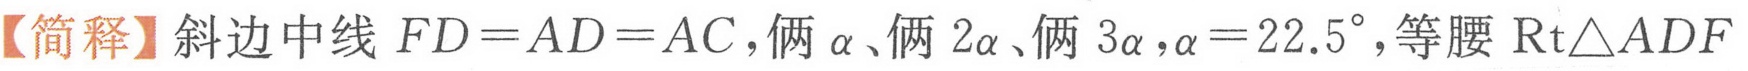
【简释】斜边中线 \(FD = AD = AC\)，俩 \(\alpha\)、俩 \(2\alpha\)、俩 \(3\alpha\)，\(\alpha = 22.5^{\circ}\)，等腰 \(\text{Rt}\triangle ADF\)